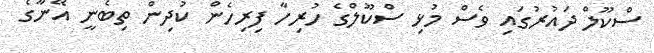
ސްކޫލް ދައުރުގައި ވެސް މުޅި ސްކޫލްގެ ހުރިހާ ފިރިހެން ކުދިން ތިބެނީ އޭނާގެ